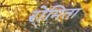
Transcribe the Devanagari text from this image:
रोमिता